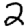
Digit: 2